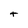
Character: t